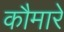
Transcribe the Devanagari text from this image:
कौमारे